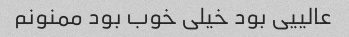
عالییی بود خیلی خوب بود ممنونم